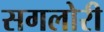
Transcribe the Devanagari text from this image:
सगलोरी